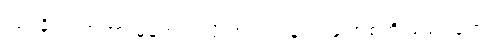
လုပ်ခိုင်းတာဟာ မှန်တယ်လို့ ဘယ်တုန်းကမှ အစ်ကို မထင်ခဲ့ဘူး